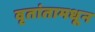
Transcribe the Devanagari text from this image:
वृतांतामधून